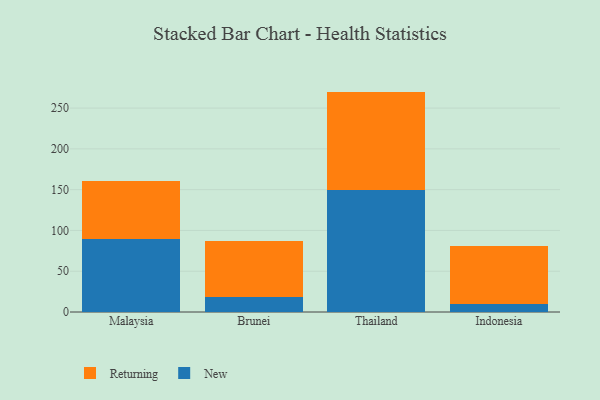
{"axis": {"x": "Country", "y": "Temperature (°C)"}, "legend": ["New", "Returning"], "data": [{"x": "Malaysia", "y": 89.5, "type": "New"}, {"x": "Malaysia", "y": 71.4, "type": "Returning"}, {"x": "Brunei", "y": 18.8, "type": "New"}, {"x": "Brunei", "y": 67.7, "type": "Returning"}, {"x": "Thailand", "y": 150.1, "type": "New"}, {"x": "Thailand", "y": 120.1, "type": "Returning"}, {"x": "Indonesia", "y": 9.8, "type": "New"}, {"x": "Indonesia", "y": 70.9, "type": "Returning"}]}